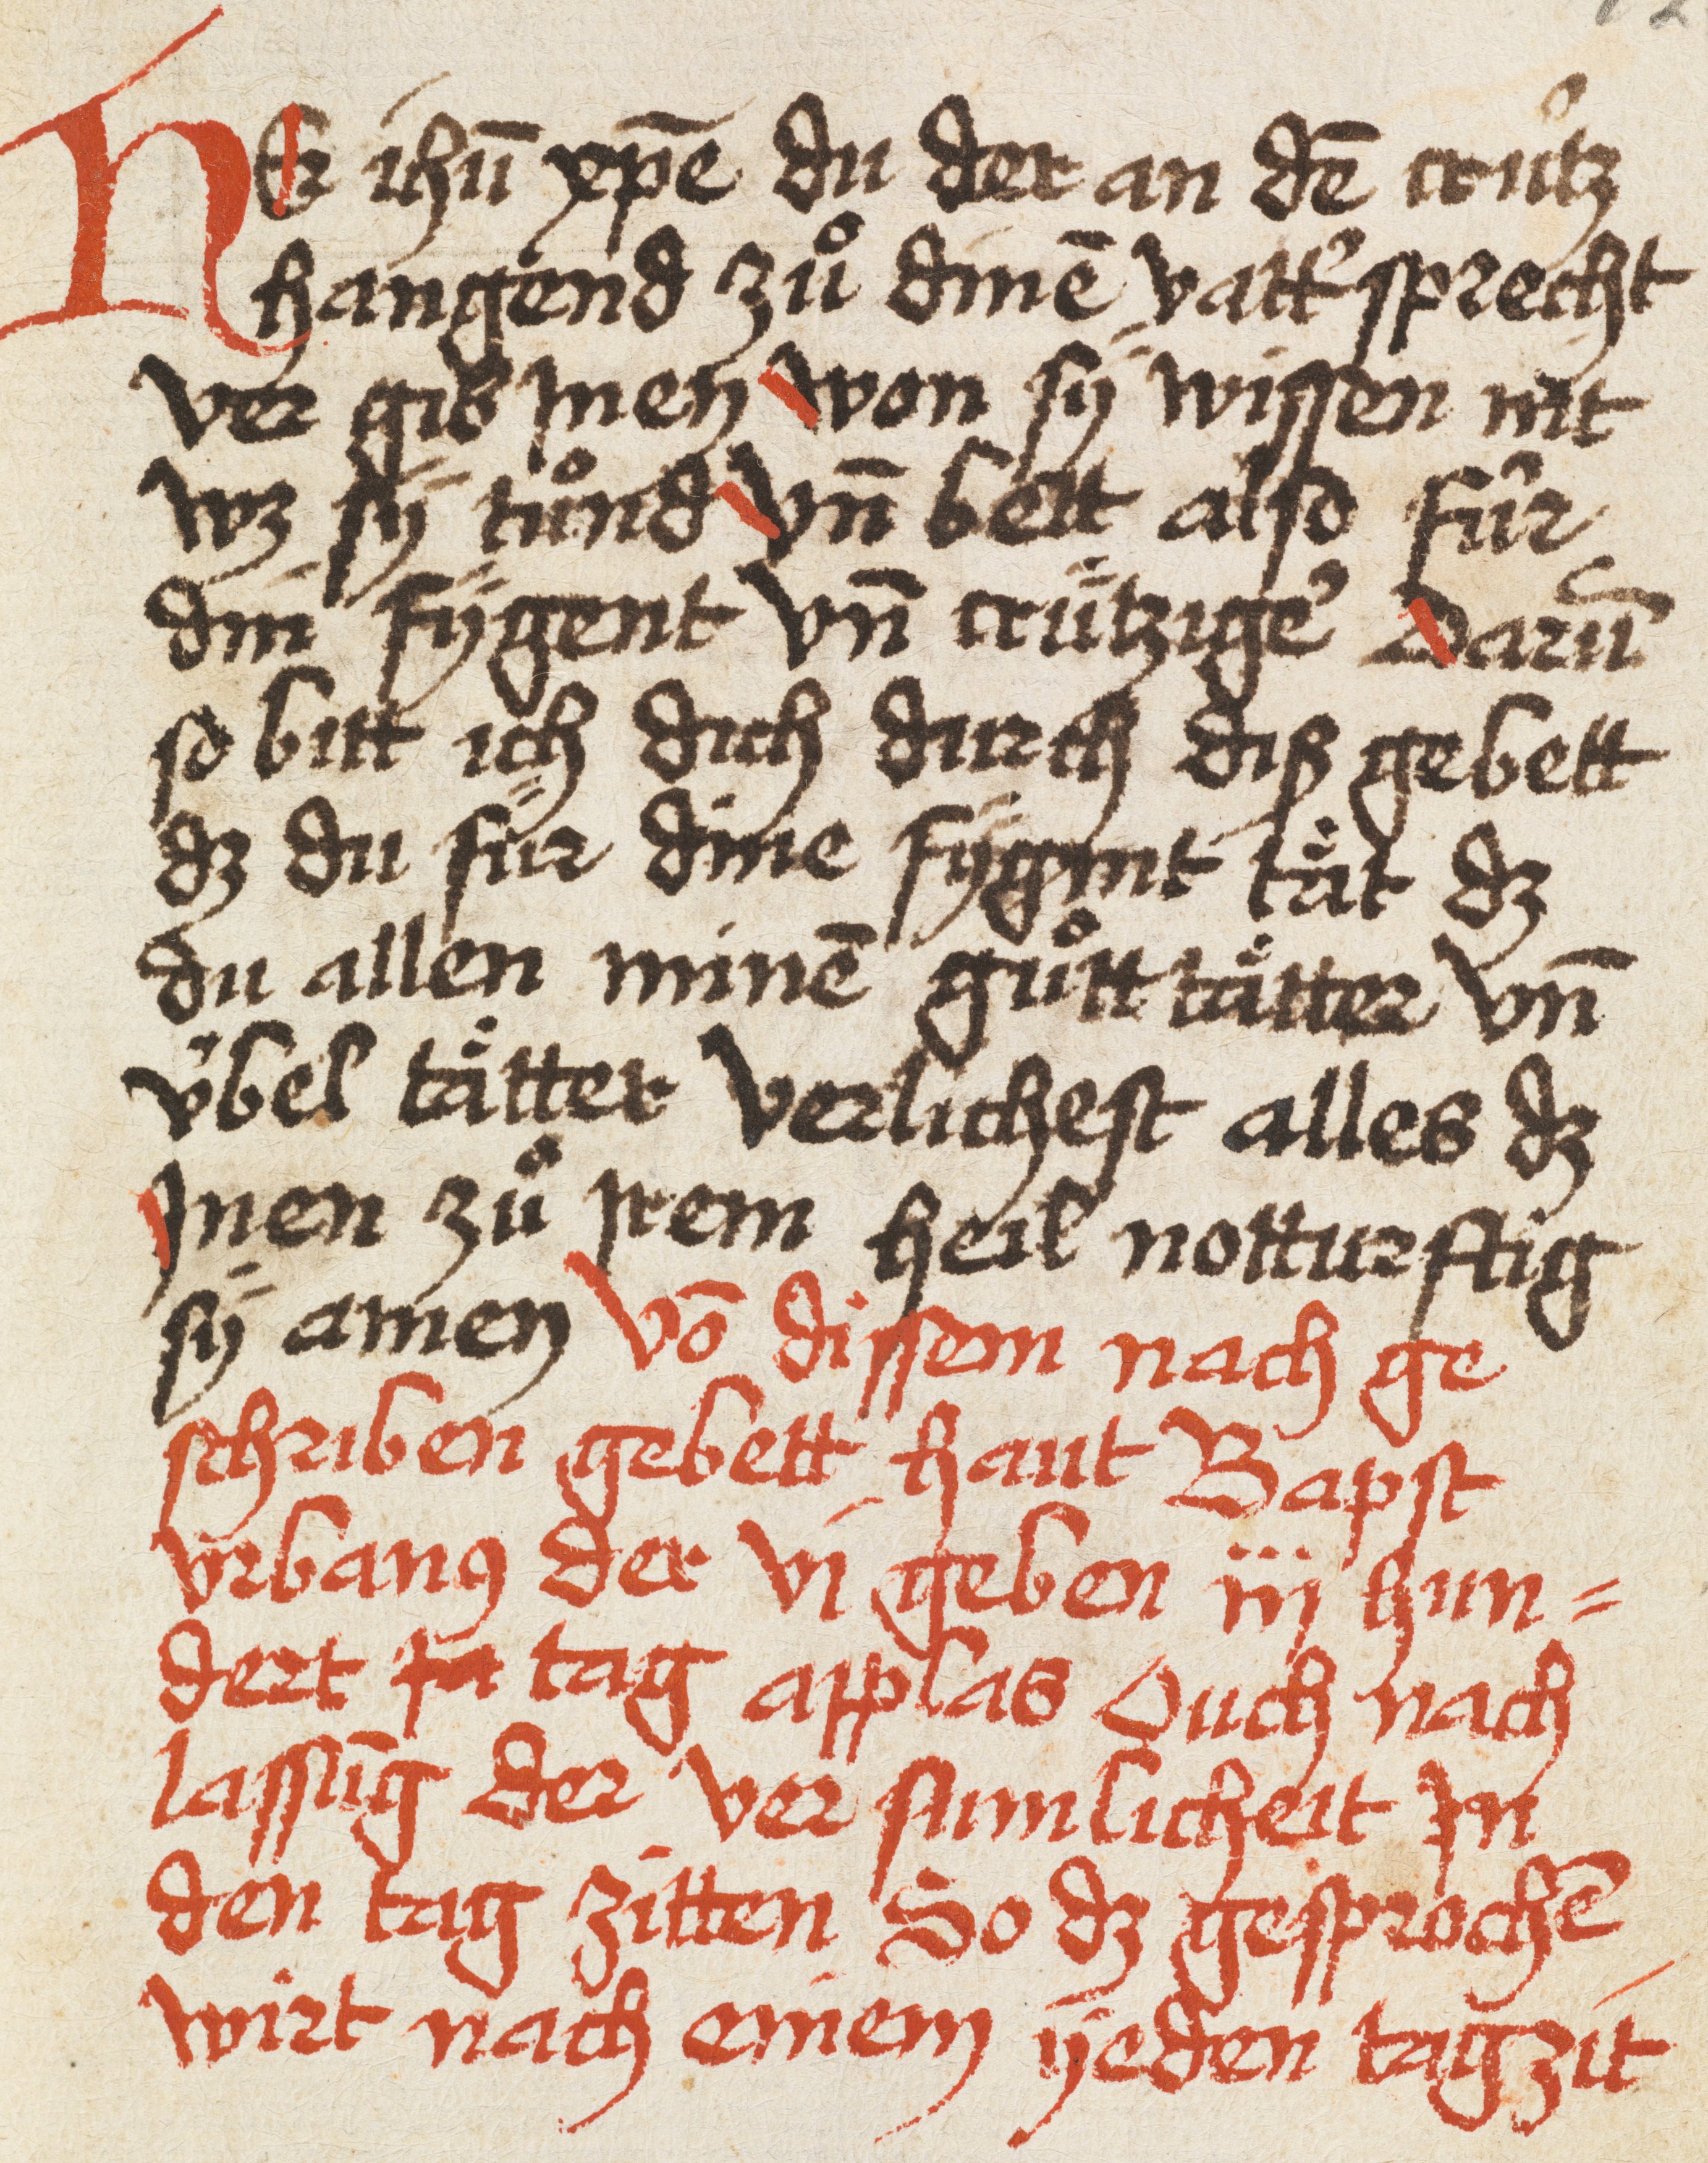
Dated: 1493–1493